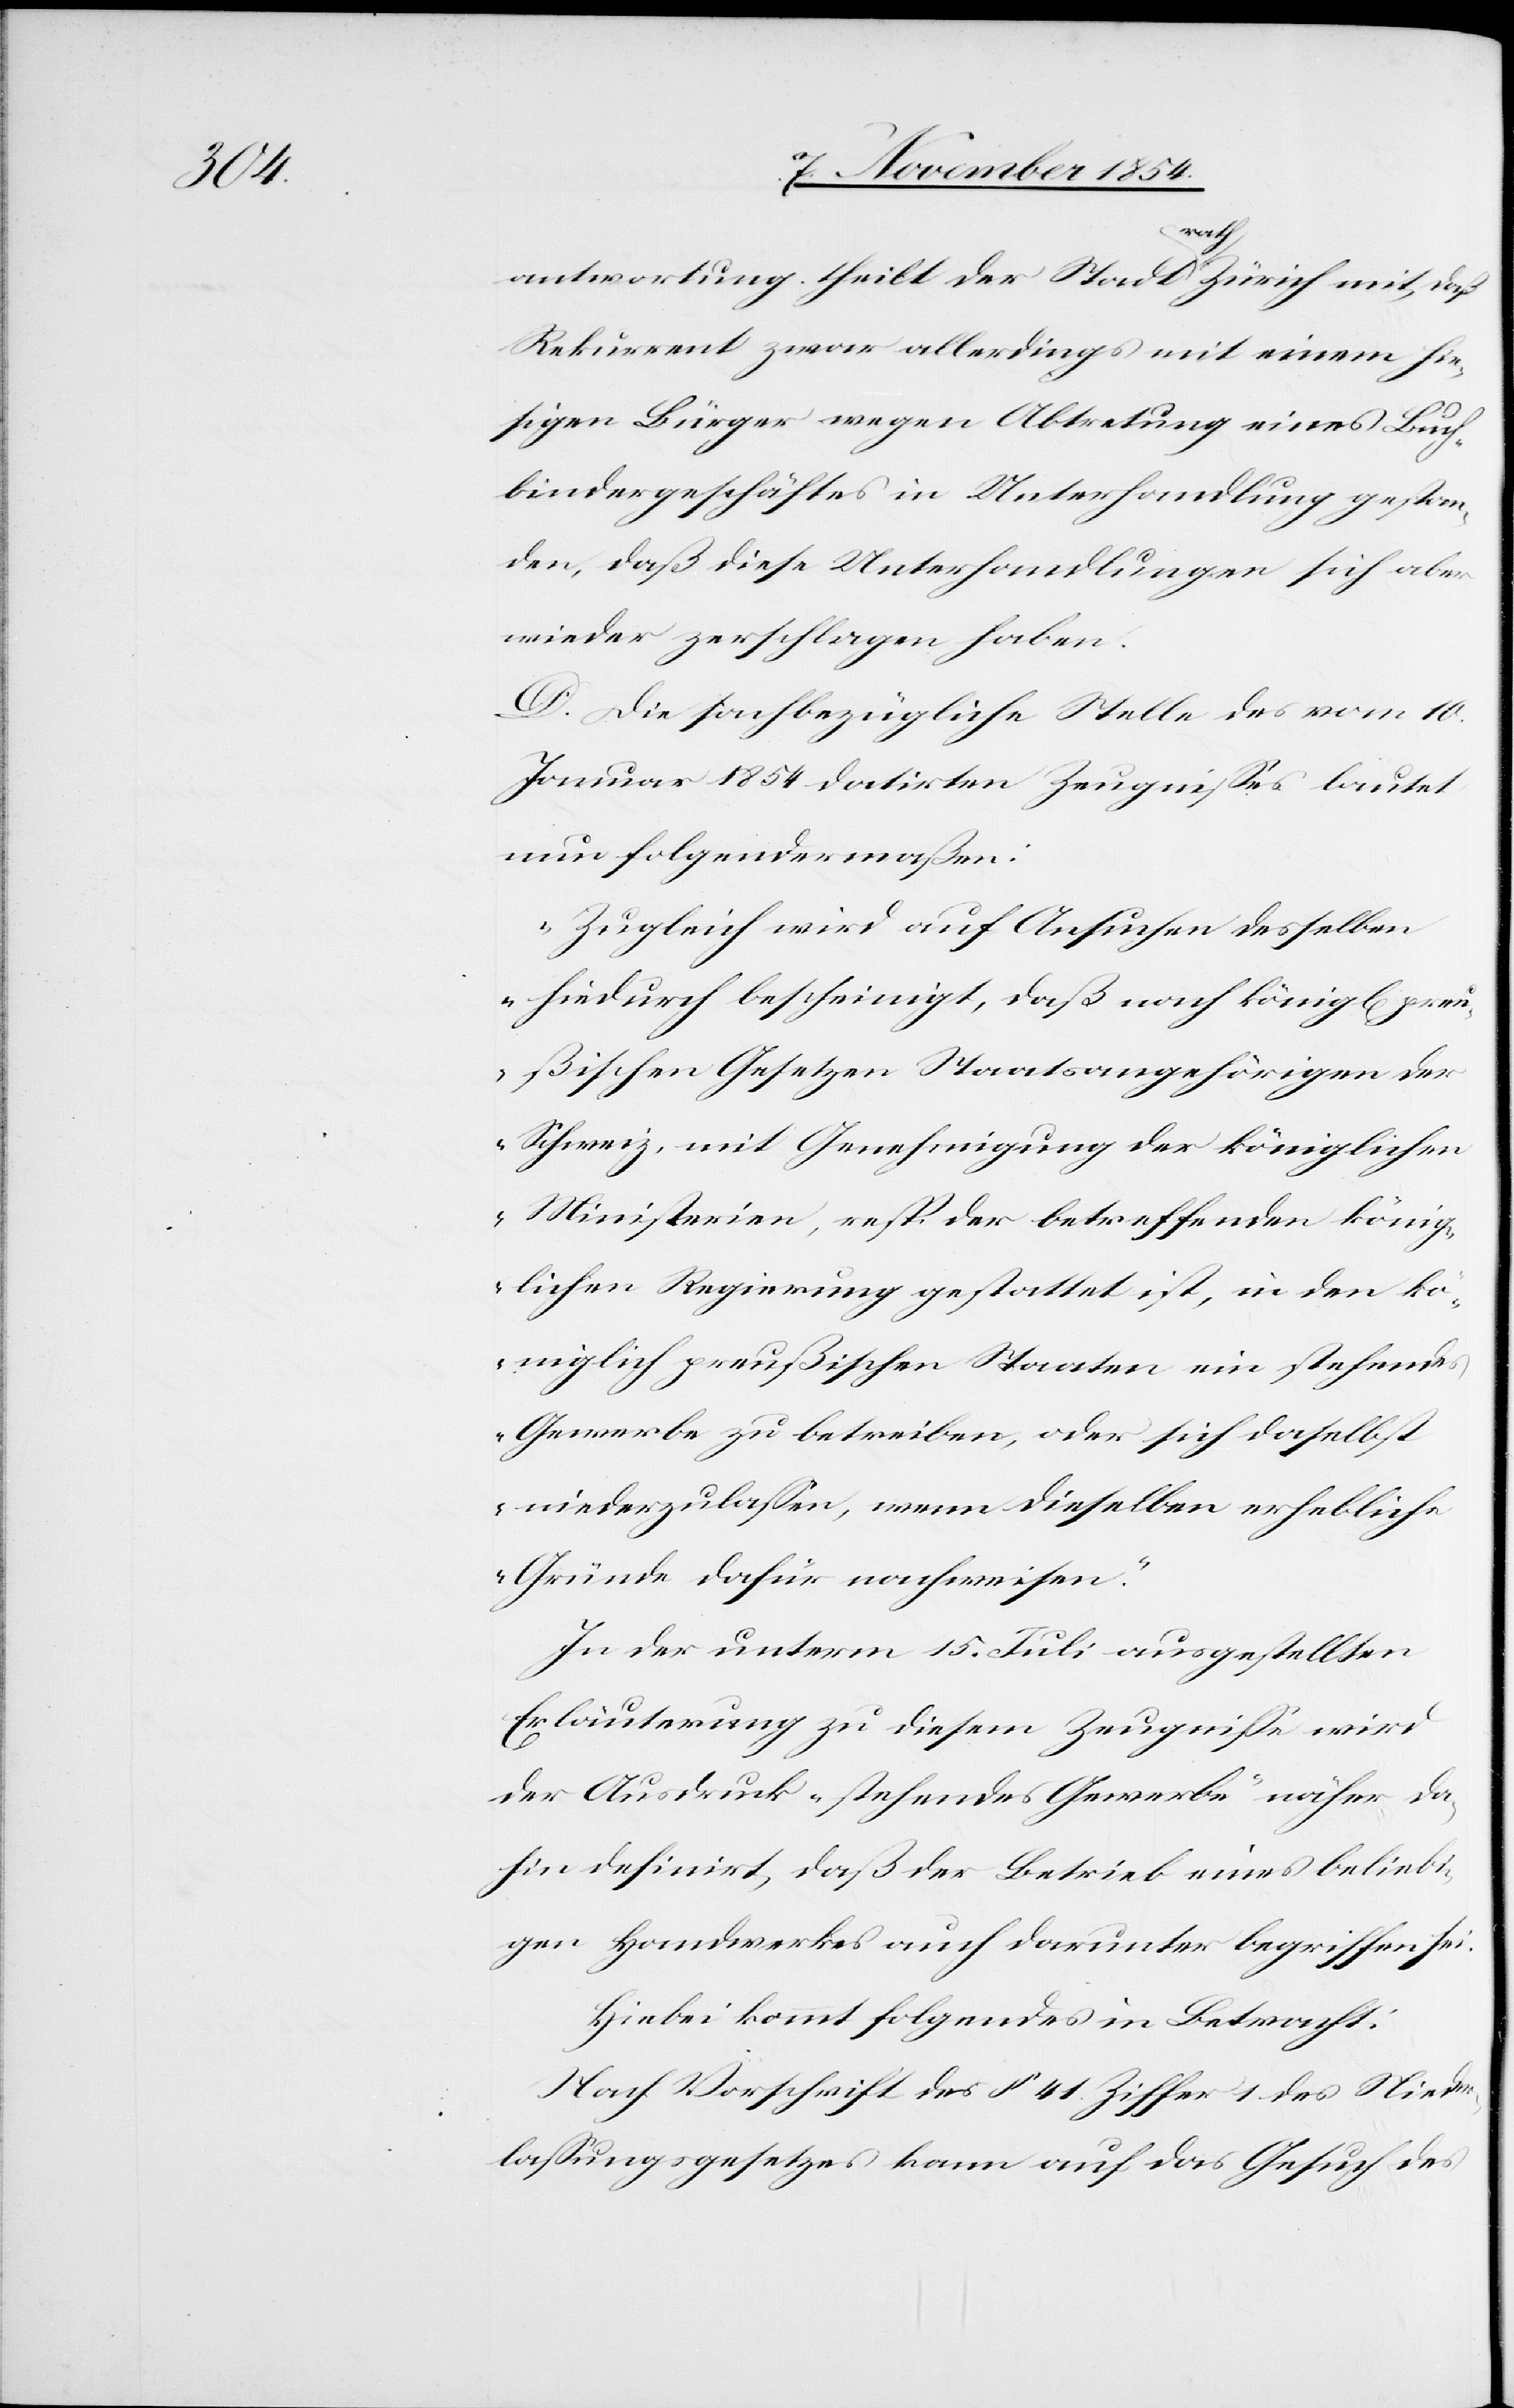
pre¬
antwortung theilt der Stadta-rath-a Zürich mit, daß
Rekurrent zwar allerdings mit einem hie¬
sigen Bürger wegen Abtretung eines Buch¬
bindergeschäftes in Unterhandlung gestan¬
den, daß diese Unterhandlungen sich aber
wieder zerschlagen haben.
D. Die sachbezügliche Stelle des vom 10.
Januar 1854 datirten Zeugnißes lautet
nun folgendermaßen:
„Zugleich wird auf Ansuchen desselben
hiedurch bescheinigt, daß nach königl[ichen]
ußischen Gesetzen Staatsangehörige der
Schweiz, mit Genehmigung der königlichen
Ministerien, resp. der betreffenden könig¬
lichen Regierung gestattet ist, in den kö¬
niglich preußischen Staaten ein stehendes
Gewerbe zu betreiben, oder sich daselbst
niederzulaßen, wenn dieselben erhebliche
Gründe dafür nachweisen.“
In der unterm 15. Juli ausgestellten
Erläuterung zu diesem Zeugniße wird
der Ausdruck „stehendes Gewerbe“ näher da¬
hin definirt, daß der Betrieb eines beliebi¬
gen Handwerkes auch darunter begriffen sei.
Hiebei kommt folgendes in Betracht:
Nach Vorschrift des § 41 Ziffer 1 des Niede¬
rlaßungsgesetzes kann auf das Gesuch des